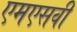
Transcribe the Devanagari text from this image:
एमएसवी